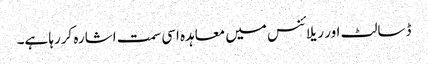
ڈسالٹ اور ریلائنس میں معاہدہ اسی سمت اشارہ کررہا ہے۔